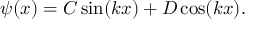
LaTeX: \psi ( x ) = C \sin ( k x ) + D \cos ( k x ) .